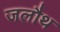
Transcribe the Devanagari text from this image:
जलौथ